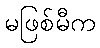
မဖြစ်မီက